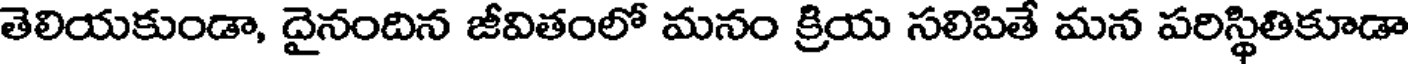
తెలియకుండా, దైనందిన జీవితంలో మనం క్రియ సలిపితే మన పరిస్థితికూడా